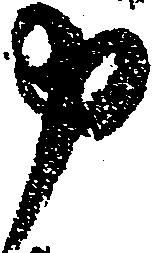
申